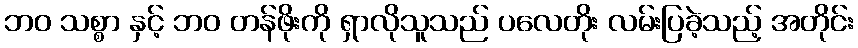
ဘဝ သစ္စာ နှင့် ဘဝ တန်ဖိုးကို ရှာလိုသူသည် ပလေတိုး လမ်းပြခဲ့သည့် အတိုင်း